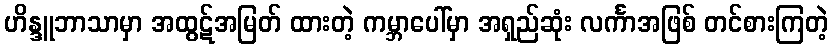
ဟိန္ဒူဘာသာမှာ အထွဋ်အမြတ် ထားတဲ့ ကမ္ဘာပေါ်မှာ အရှည်ဆုံး လင်္ကာအဖြစ် တင်စားကြတဲ့